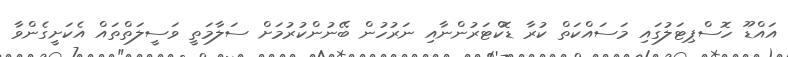
އައްޑޫ ހޮސްޕިޓަލުގައި މަސައްކަތް ކުރާ ޑޮކްޓަރުންނާއި ނަރުހުން ބޭނުންކުރުމަށް ސަލާމަތީ ވަސީލަތްތައް އެކަށީގެންވާ